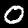
Label: 0